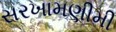
સરખામણીમી